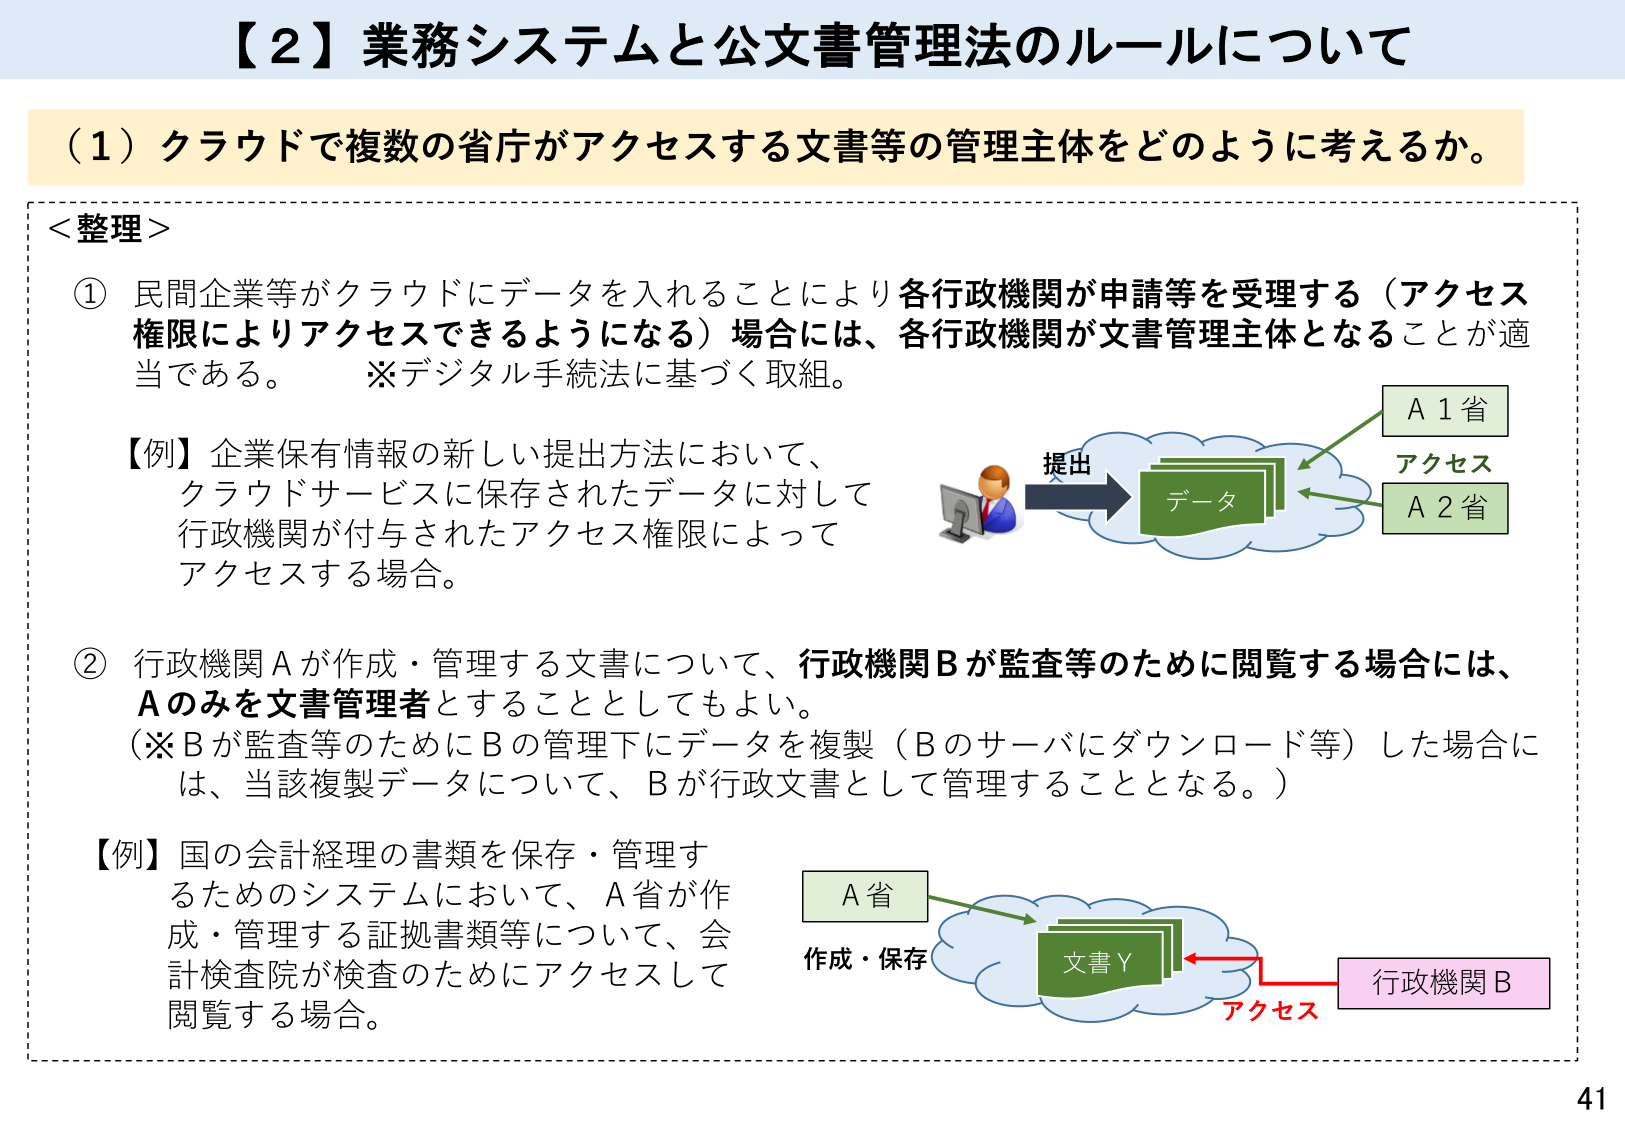
【２】業務システムと公文書管理法のルールについて

（１）クラウドで複数の省庁がアクセスする文書等の管理主体をどのように考えるか。

＜整理＞

① 民間企業等がクラウドにデータを入れることにより各行政機関が申請等を受理する（アクセス権限によりアクセスできるようになる）場合には、各行政機関が文書管理主体となることが適当である。　※デジタル手続法に基づく取組。

【例】企業保有情報の新しい提出方法において、クラウドサービスに保存されたデータに対して行政機関が付与されたアクセス権限によってアクセスする場合。

② 行政機関Aが作成・管理する文書について、行政機関Bが監査等のために閲覧する場合には、Aのみを文書管理者とすることとしてもよい。
（※Bが監査等のためにBの管理下にデータを複製（Bのサーバにダウンロード等）した場合には、当該複製データについて、Bが行政文書として管理することとなる。）

【例】国の会計経理の書類を保存・管理するためのシステムにおいて、A省が作成・管理する証拠書類等について、会計検査院が検査のためにアクセスして閲覧する場合。

提出
データ
A１省
アクセス
A２省

A省
作成・保存
文書Y
アクセス
行政機関B

41